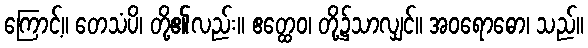
ကြောင့်။ တေသံပိ၊ တို့၏လည်း။ ဧတ္ထေဝ၊ တို့၌သာလျှင်။ အဝရောဓော၊ သည်။